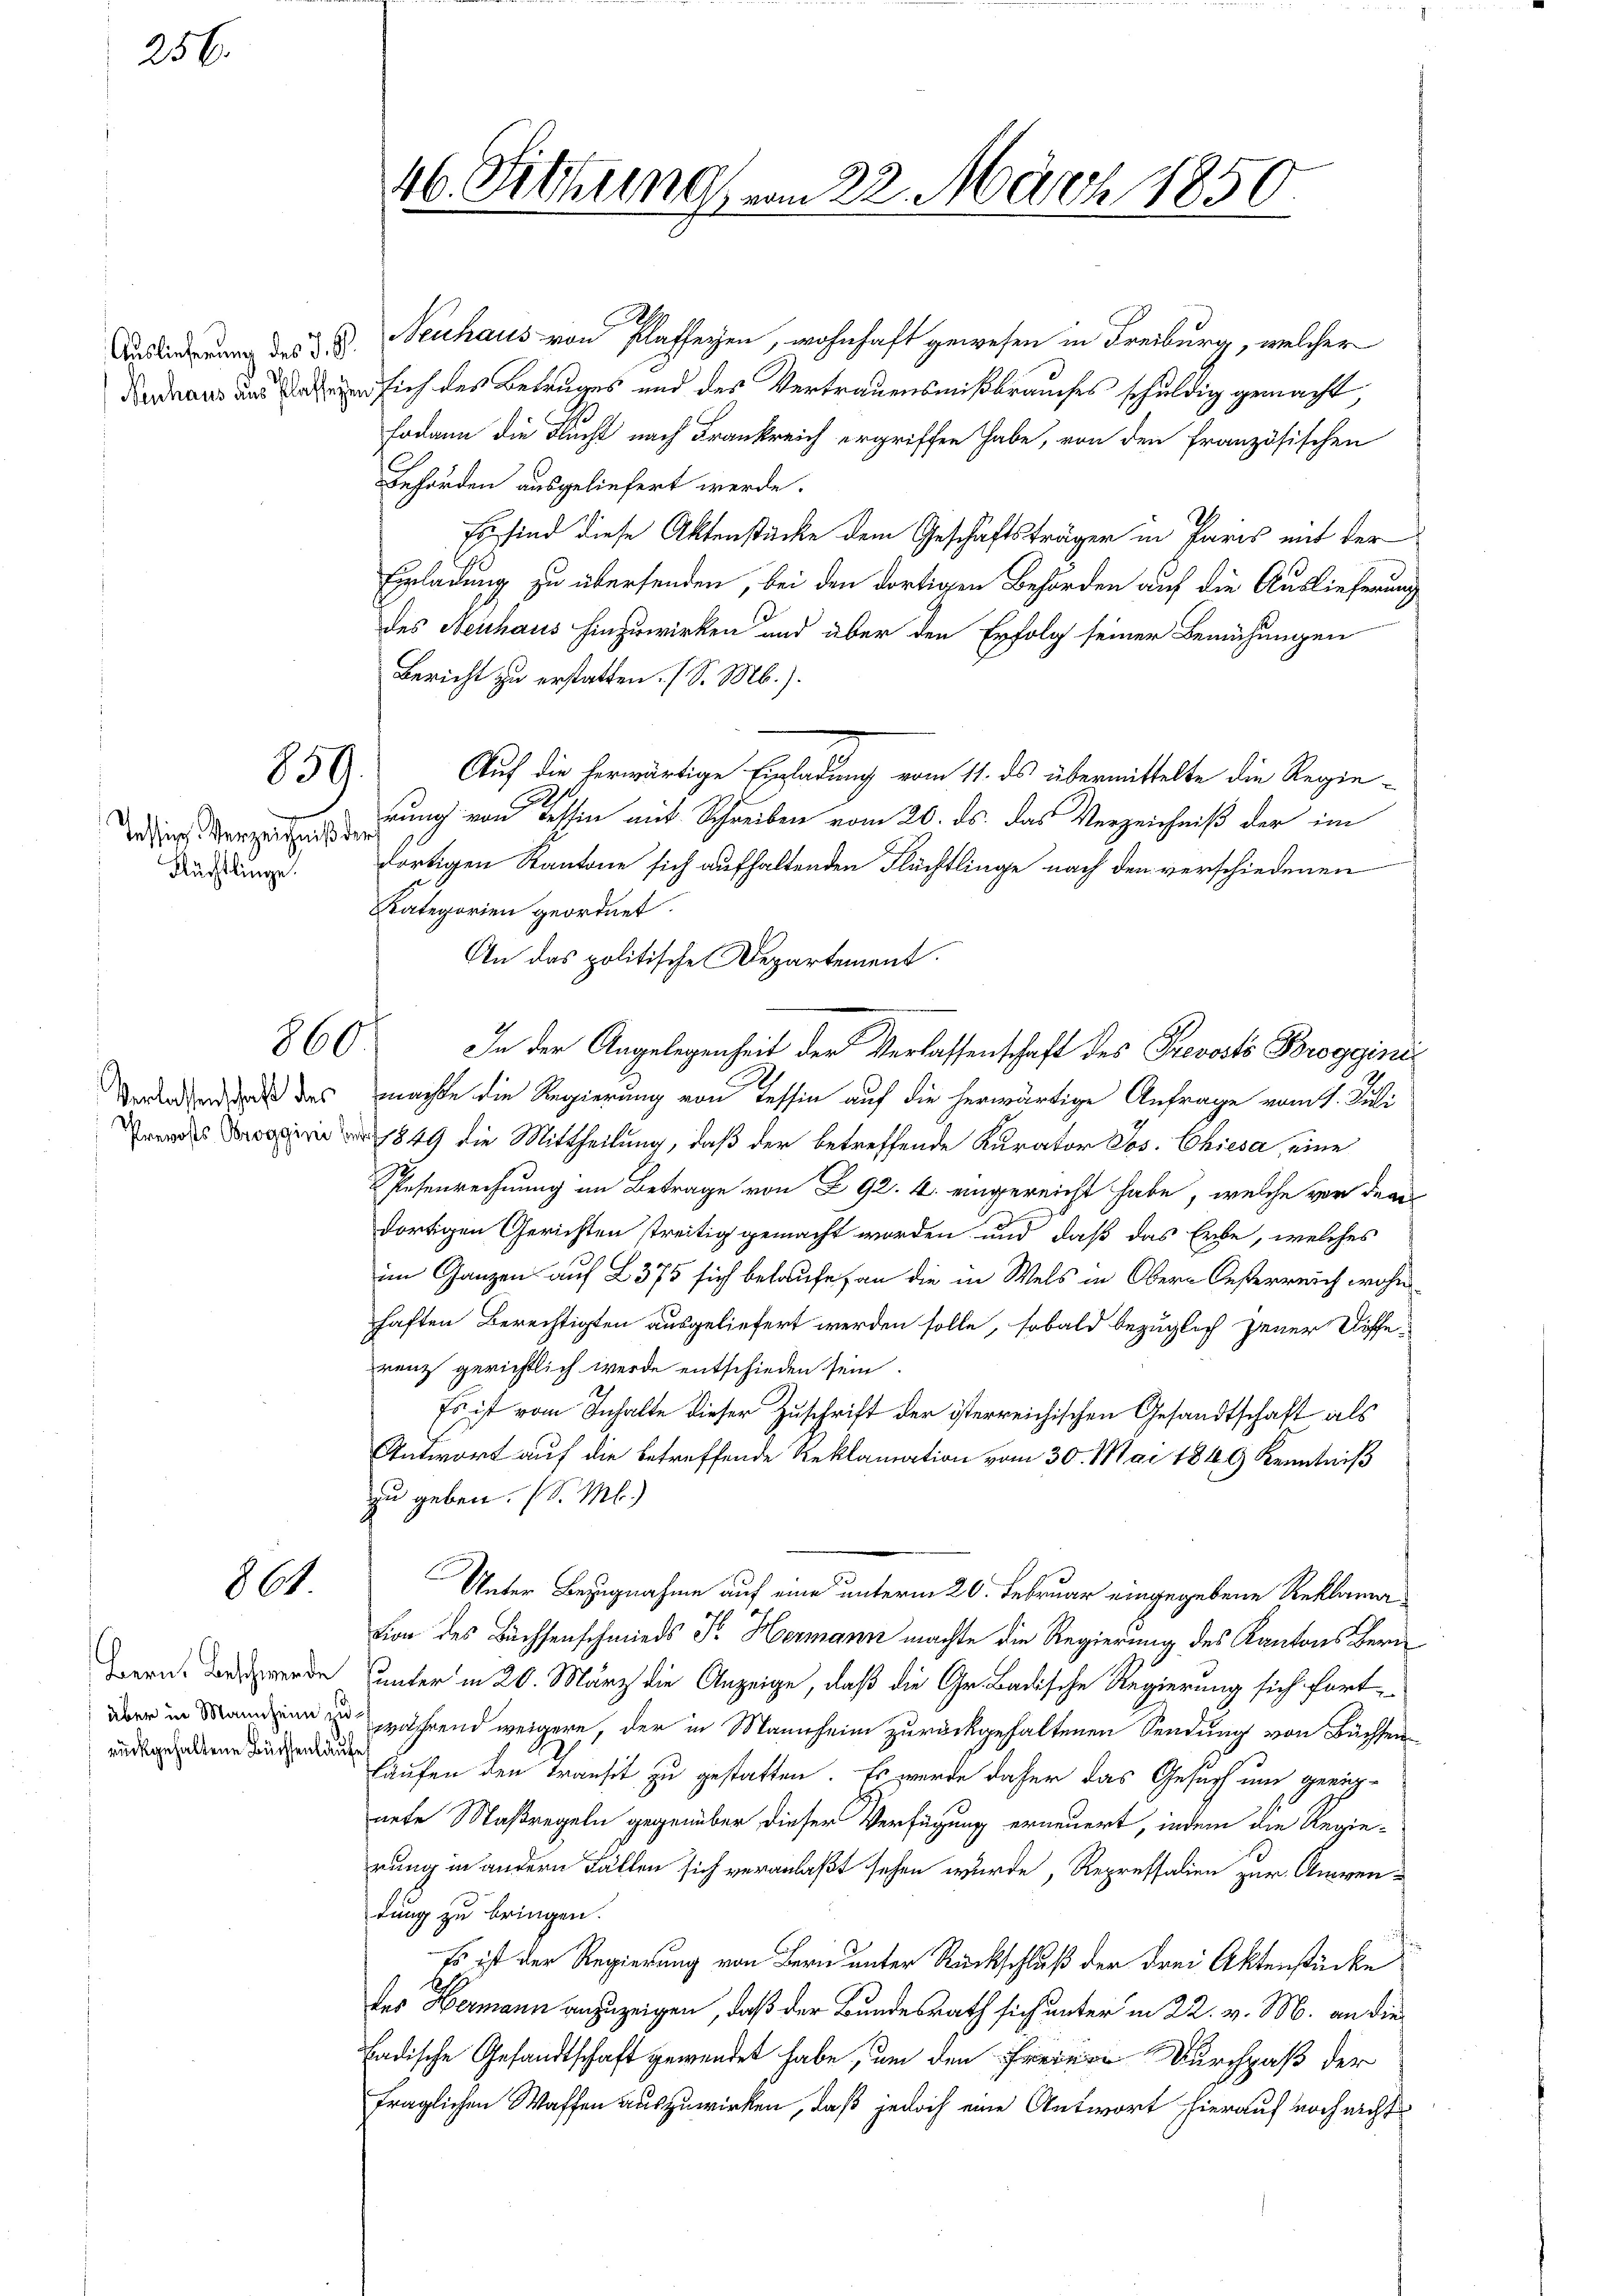
Auslieferung des J. G.

256.

Tessin Verzeichniß der
Pächtlinge.

859.

Verlassenschaft des

861.

860

Bern. Beschwerde
über in Mannheim zu
rückgehaltene Büchsenlauf

Neuhaus von Plaffeyen, wohnhaft gewesen in Freiburg, welcher
 sich des Betruges und des Vertrauensmißbrauches schuldig gemacht,
sodann die Flucht nach Frankreich ergriffen habe, von den Französischen
Behörden ausgeliefert werde.
Es sind diese Aktenstücke dem Geschäftsträger in Paris mit der
Einladung zu übersenden, bei den dortigen Behörden auf die Auslieferung
des Neuhaus hinzuwirken und über den Erfolg seiner Bemühungen
Bericht zu erstatten. (S. Mb.).
Auf die herwärtige Einladung vom 11. ds übermittelte die Regie-
rung von Tessin mit Schreiben vom 20. ds. das Verzeichniß der im
dortigen Kantone sich aufhaltenden Flüchtlinge nach den verschiedenen
Kategorien geordnet.
An das politische Departement.
In der Angelegenheit der Verlassenschaft des Prevosto Bregginimachte die Regierung von Tessin auf die herwärtige Anfrage vom 1. Juli
 849 die Mittheilung, daß der betreffende Kurator Jos. Chiesa, eine
Pesenrechnung im Betrage von § 92. 4. eingereicht habe, welche vor den
dortigen Gerichten streitig gemacht worden und daß das Erbe, welches
im Ganzen auf L 375 sich belaufe, an die in Wels in Obern Oesterreich wohn
haften Berechtigten ausgeliefert werden solle, sobald bezüglich jener Diffe
renz gerichtlich werde entschieden sein.
Es ist vom Inhalte dieser Zuschrift der isterreichischen Gesandtschaft als
Antwort auf die betreffende Reklamation vom 30. Mai 1849 Kenntniß
zu geben. (S. M.)
Unter Bezugnahme auf eine unterm 20. Februar eingegebene Reklama
tion des Bachsenschmieds J. Hermann machte die Regierung des Kantons Bern
unter in 20. März die Anzeige, daß die Gr. Badische Regierung sich fort-
während weigere, der in Mannheim zurückgehaltenen Sendung von Büchsen
Läufen den Transit zu gestatten. Es werde daher das Gesuch um gerich-
nete Maßregeln gegenüber dieser Verfügung erneuert, indem die Regierung in andern Fällen sich veranlaßt sehen wurde, Repressalien zur Anwentung zu bringen.
Es ist der Regierung von Bern unter Rückschluß der drei Aktenstücke
E
des Hermann anzuzeigen, daß der Bundesrath sich unter in 22. v. M. an die
badische Gesandtschaft gewendet habe, um den Freie Durchpaß der
fraglichen Waffen auszuwirken, daß jedoch eine Antwort hierauf noch nichts

46. Sitzung vom 22. März 1850.
.